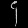
Digit: ၄